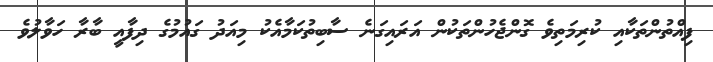
ފިއްތުންތަކާއި ކުރިމަތިވެ ގޮންޖެހުންތަކުން އަރައިގަނެ ސާބިތުކަމާއެކު މިއަދު ގައުމުގެ ދިފާއީ ބާރާ ހަވާލުވެ